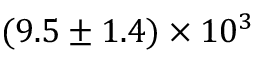
( 9 . 5 \pm 1 . 4 ) \times 1 0 ^ { 3 }